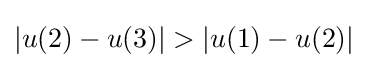
|u(2)-u(3)|>|u(1)-u(2)|